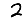
Digit: 2